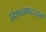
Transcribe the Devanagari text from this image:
विशाखापट्ट्नम